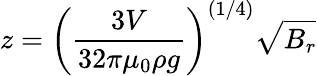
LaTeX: z=\left(\frac{3V}{32\pi\mu_{0}\rho g}\right)^{(1/4)}\sqrt{B_{r}}